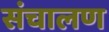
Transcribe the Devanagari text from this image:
संचालण